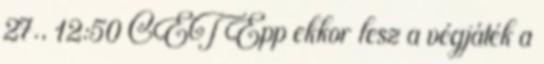
27., 12:50 CET Épp ekkor lesz a végjáték a